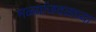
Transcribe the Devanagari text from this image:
मळ्यांजवळच्या